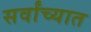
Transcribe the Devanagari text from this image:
सर्वांच्यात